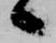
候